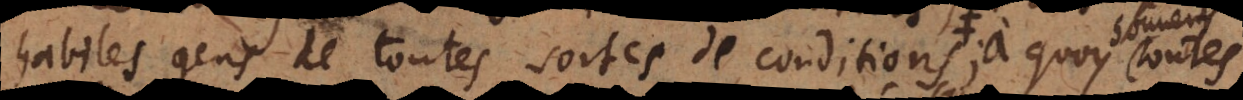
es gens de toutes sortes de conditions où bien